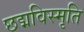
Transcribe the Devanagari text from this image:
छद्मविस्मृति